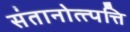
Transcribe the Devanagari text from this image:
संतानोत्त्पत्ति